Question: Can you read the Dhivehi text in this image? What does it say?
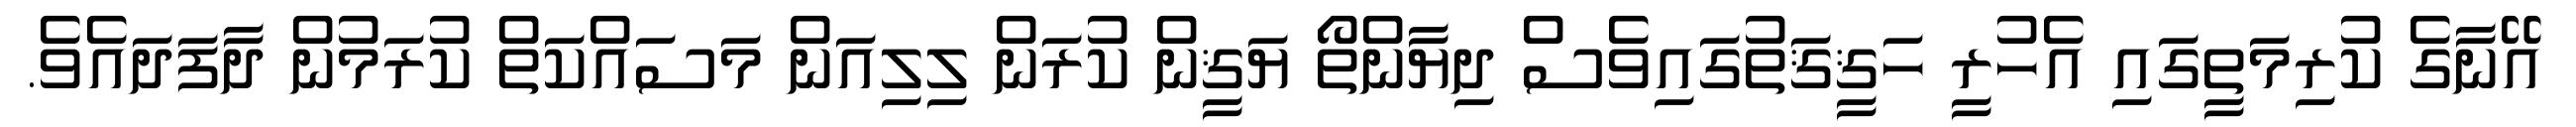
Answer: އޭނާގެ ކުރިމަތީގައި އެހުރީ ހަޤީޤަތުގައިވެސް ދިޔާންތޯ ޔަޤީން ކުރަން ލިލިއަން މަސައްކަތް ކުރަމުން ދާފަދައެވެ.